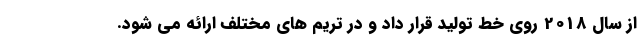
از سال 2018 روی خط تولید قرار داد و در تریم های مختلف ارائه می شود.